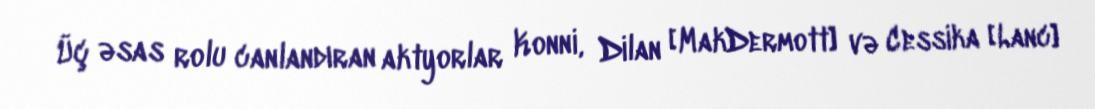
Üç əsas rolu canlandıran aktyorlar Konni, Dilan [MakDermott] və Cessika [Lanc]